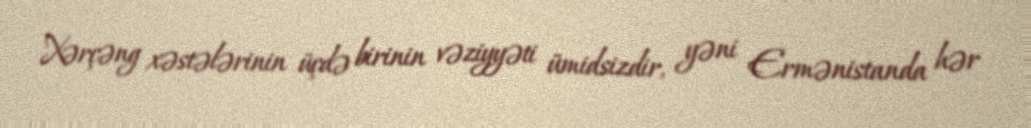
Xərçəng xəstələrinin üçdə birinin vəziyyəti ümidsizdir, yəni Ermənistanda hər